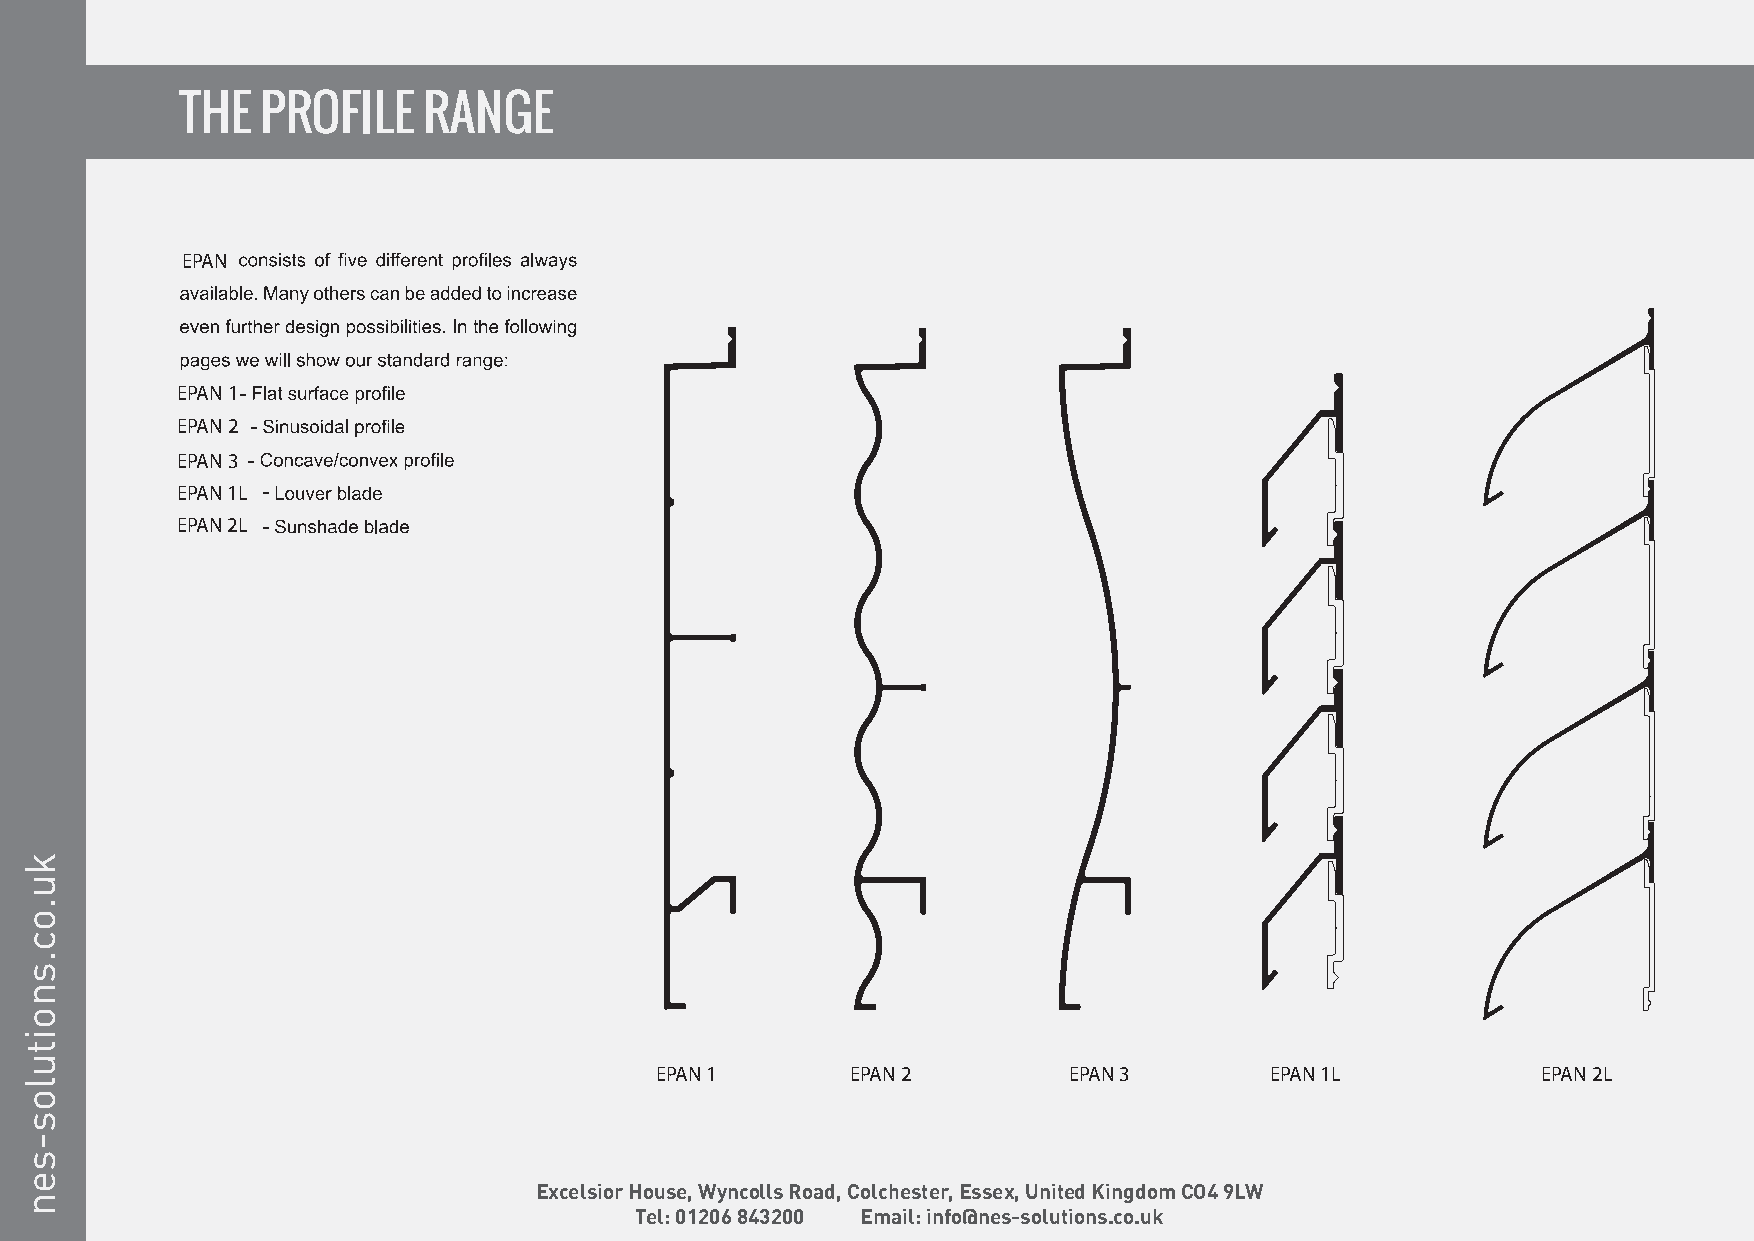
EPAN
 EPAN 1
 EPAN 2
 EPAN 3
 EPAN 1L
 EPAN 2L
 EPAN 1       EPAN 2         EPAN 3       EPAN 1L           EPAN 2L
 Excelsior House, Wyncolls Road, Colchester, Essex, United Kingdom CO4 9LW
 Tel: 01206 843200 Email: info@nes-solutions.co.uk
 ku.oc.snoitulos-sen